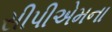
સીપીએમના